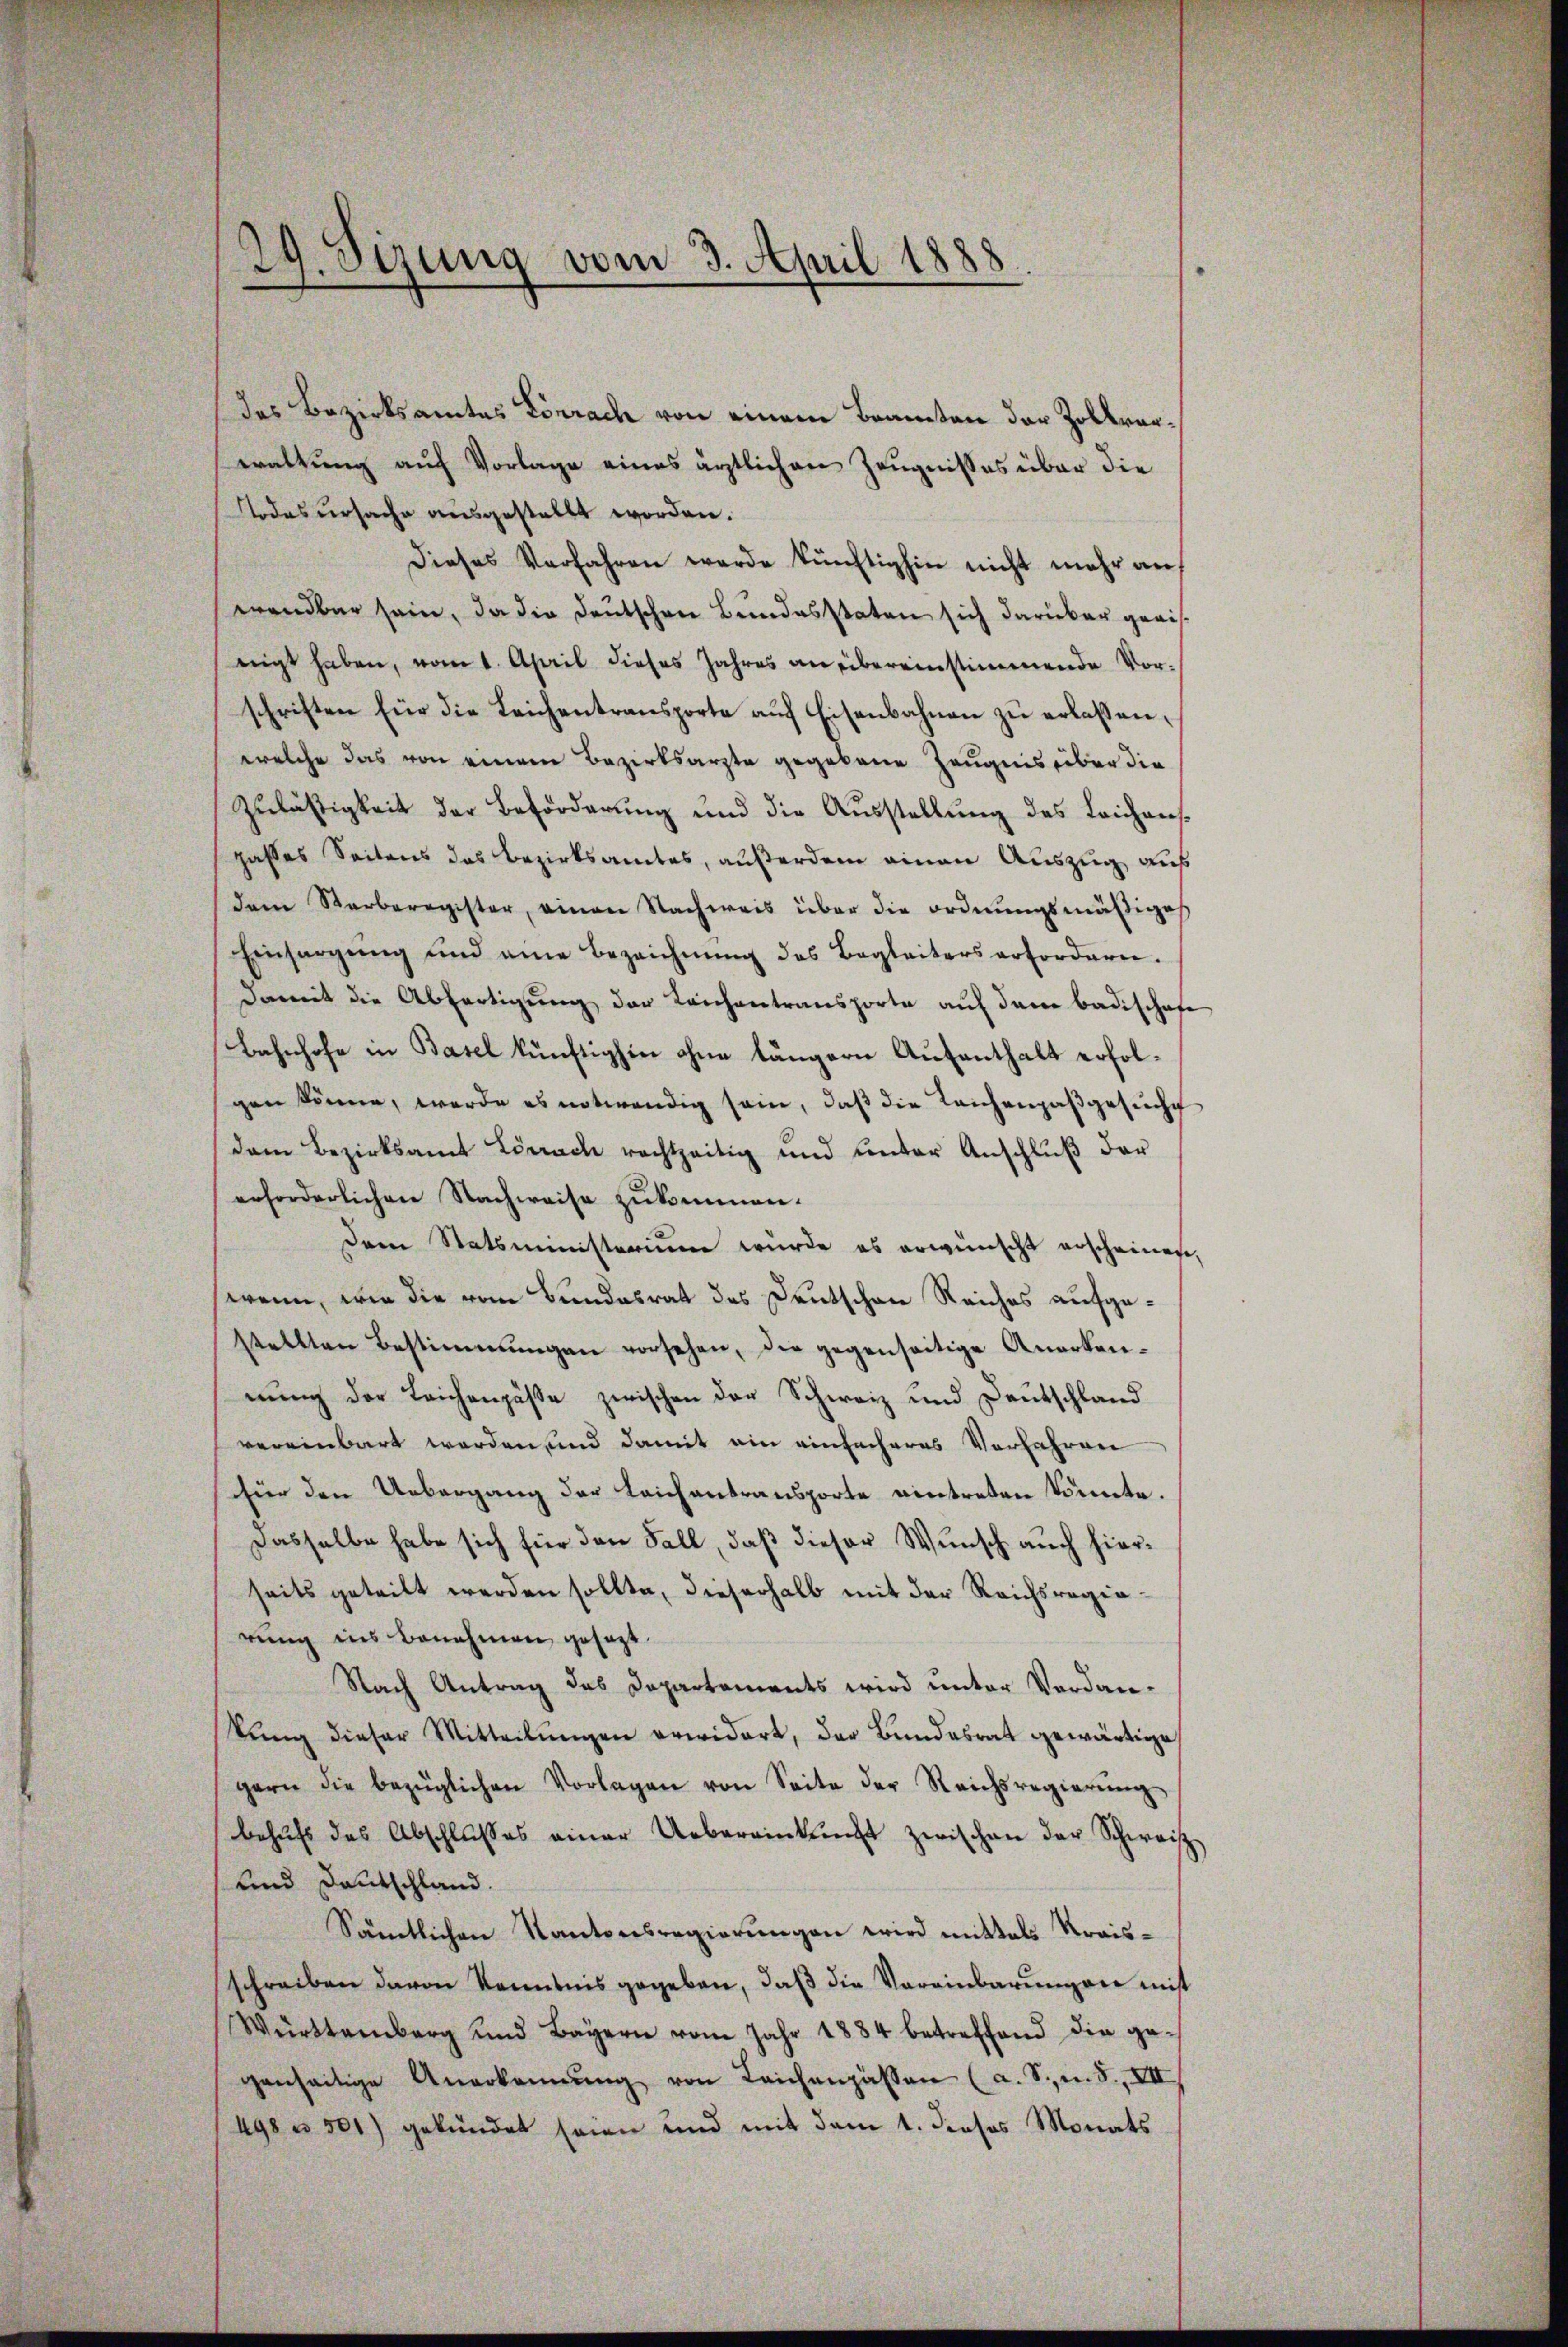
29. Sizung vom 3. April 1888.

das Bezirksamtes Lörrach von einem Beamten der Zollvorwaltung auf Vorlage eines ärztlichen Zeugnisses über die
Todesursache ausgestellt worden.
Dieses Verfahren werde künftighin nicht mehr auf
wendbar sein, da die Deutschen Bundesstaten sich darüber graisnigt haben, vom 1. April dieses Jahres an übereinstimmende Vorschriften für die Leichentransporte auf Eisenbahnen zu erlaßen,
welche das von einem Bezirksarzte gegebene Zeugnis über die
Zuläßigkeit der Beförderung und die Aŭsstellung des Leichenspasses Seitens das Bezirksamtes, außerdem einen Auszug auf
dem Sterberegister, einen Nachweis über die ordnungsmäßiges
Einsorgung und eine Bezeichnung des Begleiters erfordern.
damit die Abfertigung der Leichentransporte auf dem Badischafe
Bahnhofe in Basel künftighin ohne längern Aufenthalt erfolgen könne, werde es notwendig sein, daβ die Leichenpaβgesŭche
dem Bezirksamt Lörrach rechtzeitig und unter Anschlŭβ der
erforderlichen Nachweise zukommen.
Dem Statsministerium wurde es erwünscht erscheinen,
wenn, wie die vom Bundesrat des Deutschen Reiches aufgestellten Bestimmungen vorsehen, die gegenseitige Anerkennung der Leichenpäße zwischen der Schweiz und Deutschland
vereinbart worden und damit ein einfacheres Verfahren
für den Uebergang der Leich antransporte eintreten könnte.
Dasselbe habe sich für den Fall, daß dieser Wunsch auch hierseits geteilt werden sollte, dieserhalb mit der Reichsregierung ins Benehmen gesezt.
Nach Antrag das Departements wird unter Verdankŭng dieser Mitteilŭngen erwidert, der Bundesrat gewärtige
gern die bezüglichen Vorlagen von Seite der Reichsregierung,
behŭfs des Abschlŭβes einer Uebereinkŭnft zwischen der Schweiz
und Deutschland.
Sämtlichen Kantonsregierungen wird mittals Kraisschreiben davon Kenntnis gegeben, daß die Vereinbarungen mißt
Württemberg und Bayern vom Jahr 1884 betreffend die gegenseitige Anerkennung von Leichenpassen (a. S. m. S., VII
498 u. 301) gekündet seien und mit dem 1. dieses Monats